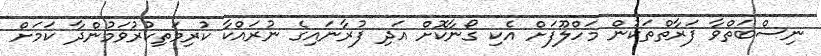
ނިސްބަތްވާ ފަރާތްތަކުން މަހްލޫފަށް އެކި ގޯނާކޮށް އަދި ފުރާނައިގެ ނުރައްކާ ކުރިމަތިކުރުވަމުންދާ ކަމަށް